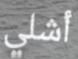
أشلي